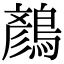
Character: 𪃛